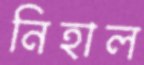
নিহাল